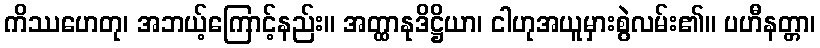
ကိဿဟေတု၊ အဘယ့်ကြောင့်နည်း။ အတ္ထာနုဒိဋ္ဌိယာ၊ ငါဟုအယူမှားစွဲလမ်း၏။ ပဟီနတ္တာ၊